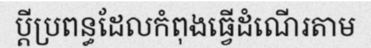
ប្តីប្រពន្ធដែលកំពុងធ្វើដំណើរតាម